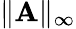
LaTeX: \| \mathbf{A}\| _{\infty}